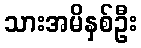
သားအမိနှစ်ဦး